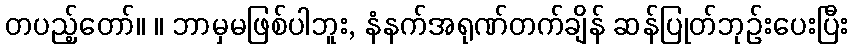
တပည့်တော်။ ။ ဘာမှမဖြစ်ပါဘူး, နံနက်အရုဏ်တက်ချိန် ဆန်ပြုတ်ဘုဉ်းပေးပြီး